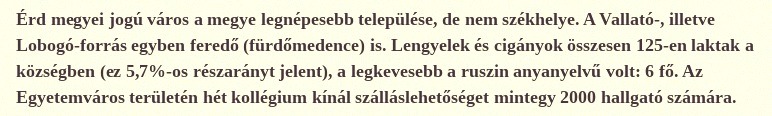
Érd megyei jogú város a megye legnépesebb települése, de nem székhelye. A Vallató-, illetve Lobogó-forrás egyben feredő (fürdőmedence) is. Lengyelek és cigányok összesen 125-en laktak a községben (ez 5,7%-os részarányt jelent), a legkevesebb a ruszin anyanyelvű volt: 6 fő. Az Egyetemváros területén hét kollégium kínál szálláslehetőséget mintegy 2000 hallgató számára.